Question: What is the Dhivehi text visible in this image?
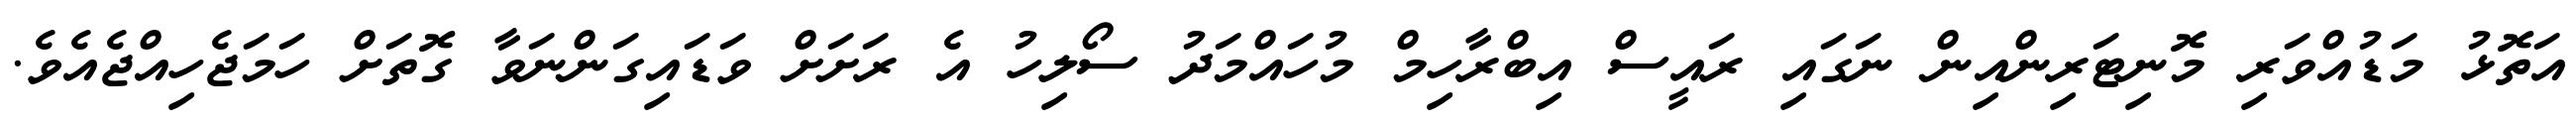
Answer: އަތޮޅު މަޑުއްވަރި މޮނިޓަރިންއިން ނަގައި ރައީސް އިބްރާހިމް މުހައްމަދު ސޯލިހު އެ ރަށަށް ވަޑައިގަންނަވާ ގޮތަށް ހަމަޖެހިއްޖެއެވެ.